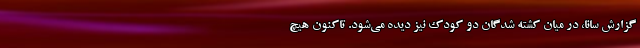
گزارش سانا، در میان کشته شدگان دو کودک نیز دیده می‌شود. تاکنون هیچ